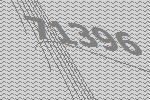
71396